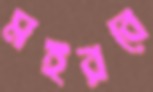
মইরবে